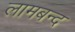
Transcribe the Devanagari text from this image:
लामबन्द